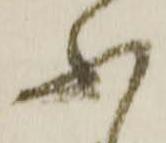
不